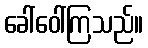
ခေါ်ဝေါ်ကြသည်။